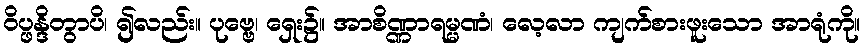
ဝိပ္ဖန္ဒိတွာပိ၊ ၍လည်း။ ပုဗ္ဗေ၊ ရှေး၌။ အာစိဏ္ဏာရမ္မဏံ၊ လေ့လာ ကျက်စားဖူးသော အာရုံကို။